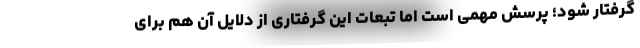
گرفتار شود؛ پرسش مهمی است اما تبعات این گرفتاری از دلایل آن هم برای